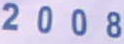
2008